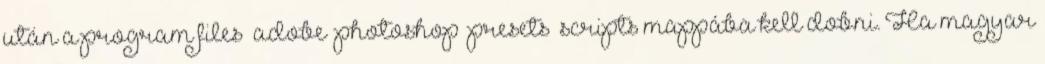
után a program files adobe photoshop presets scripts mappába kell dobni. Ha magyar